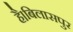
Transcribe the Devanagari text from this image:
है।बिलासपुर